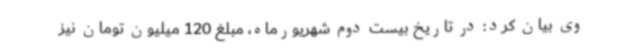
وی بیان کرد: در تاریخ بیست دوم شهریورماه، مبلغ 120 میلیون تومان نیز